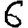
Digit: 6